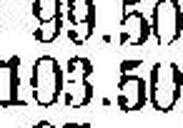
103.50